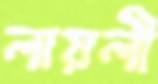
লায়লী